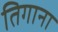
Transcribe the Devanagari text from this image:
तिगाना